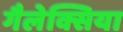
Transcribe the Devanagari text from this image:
गैलेक्सिया